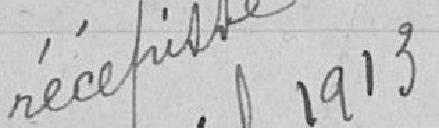
Vu pour récépissé